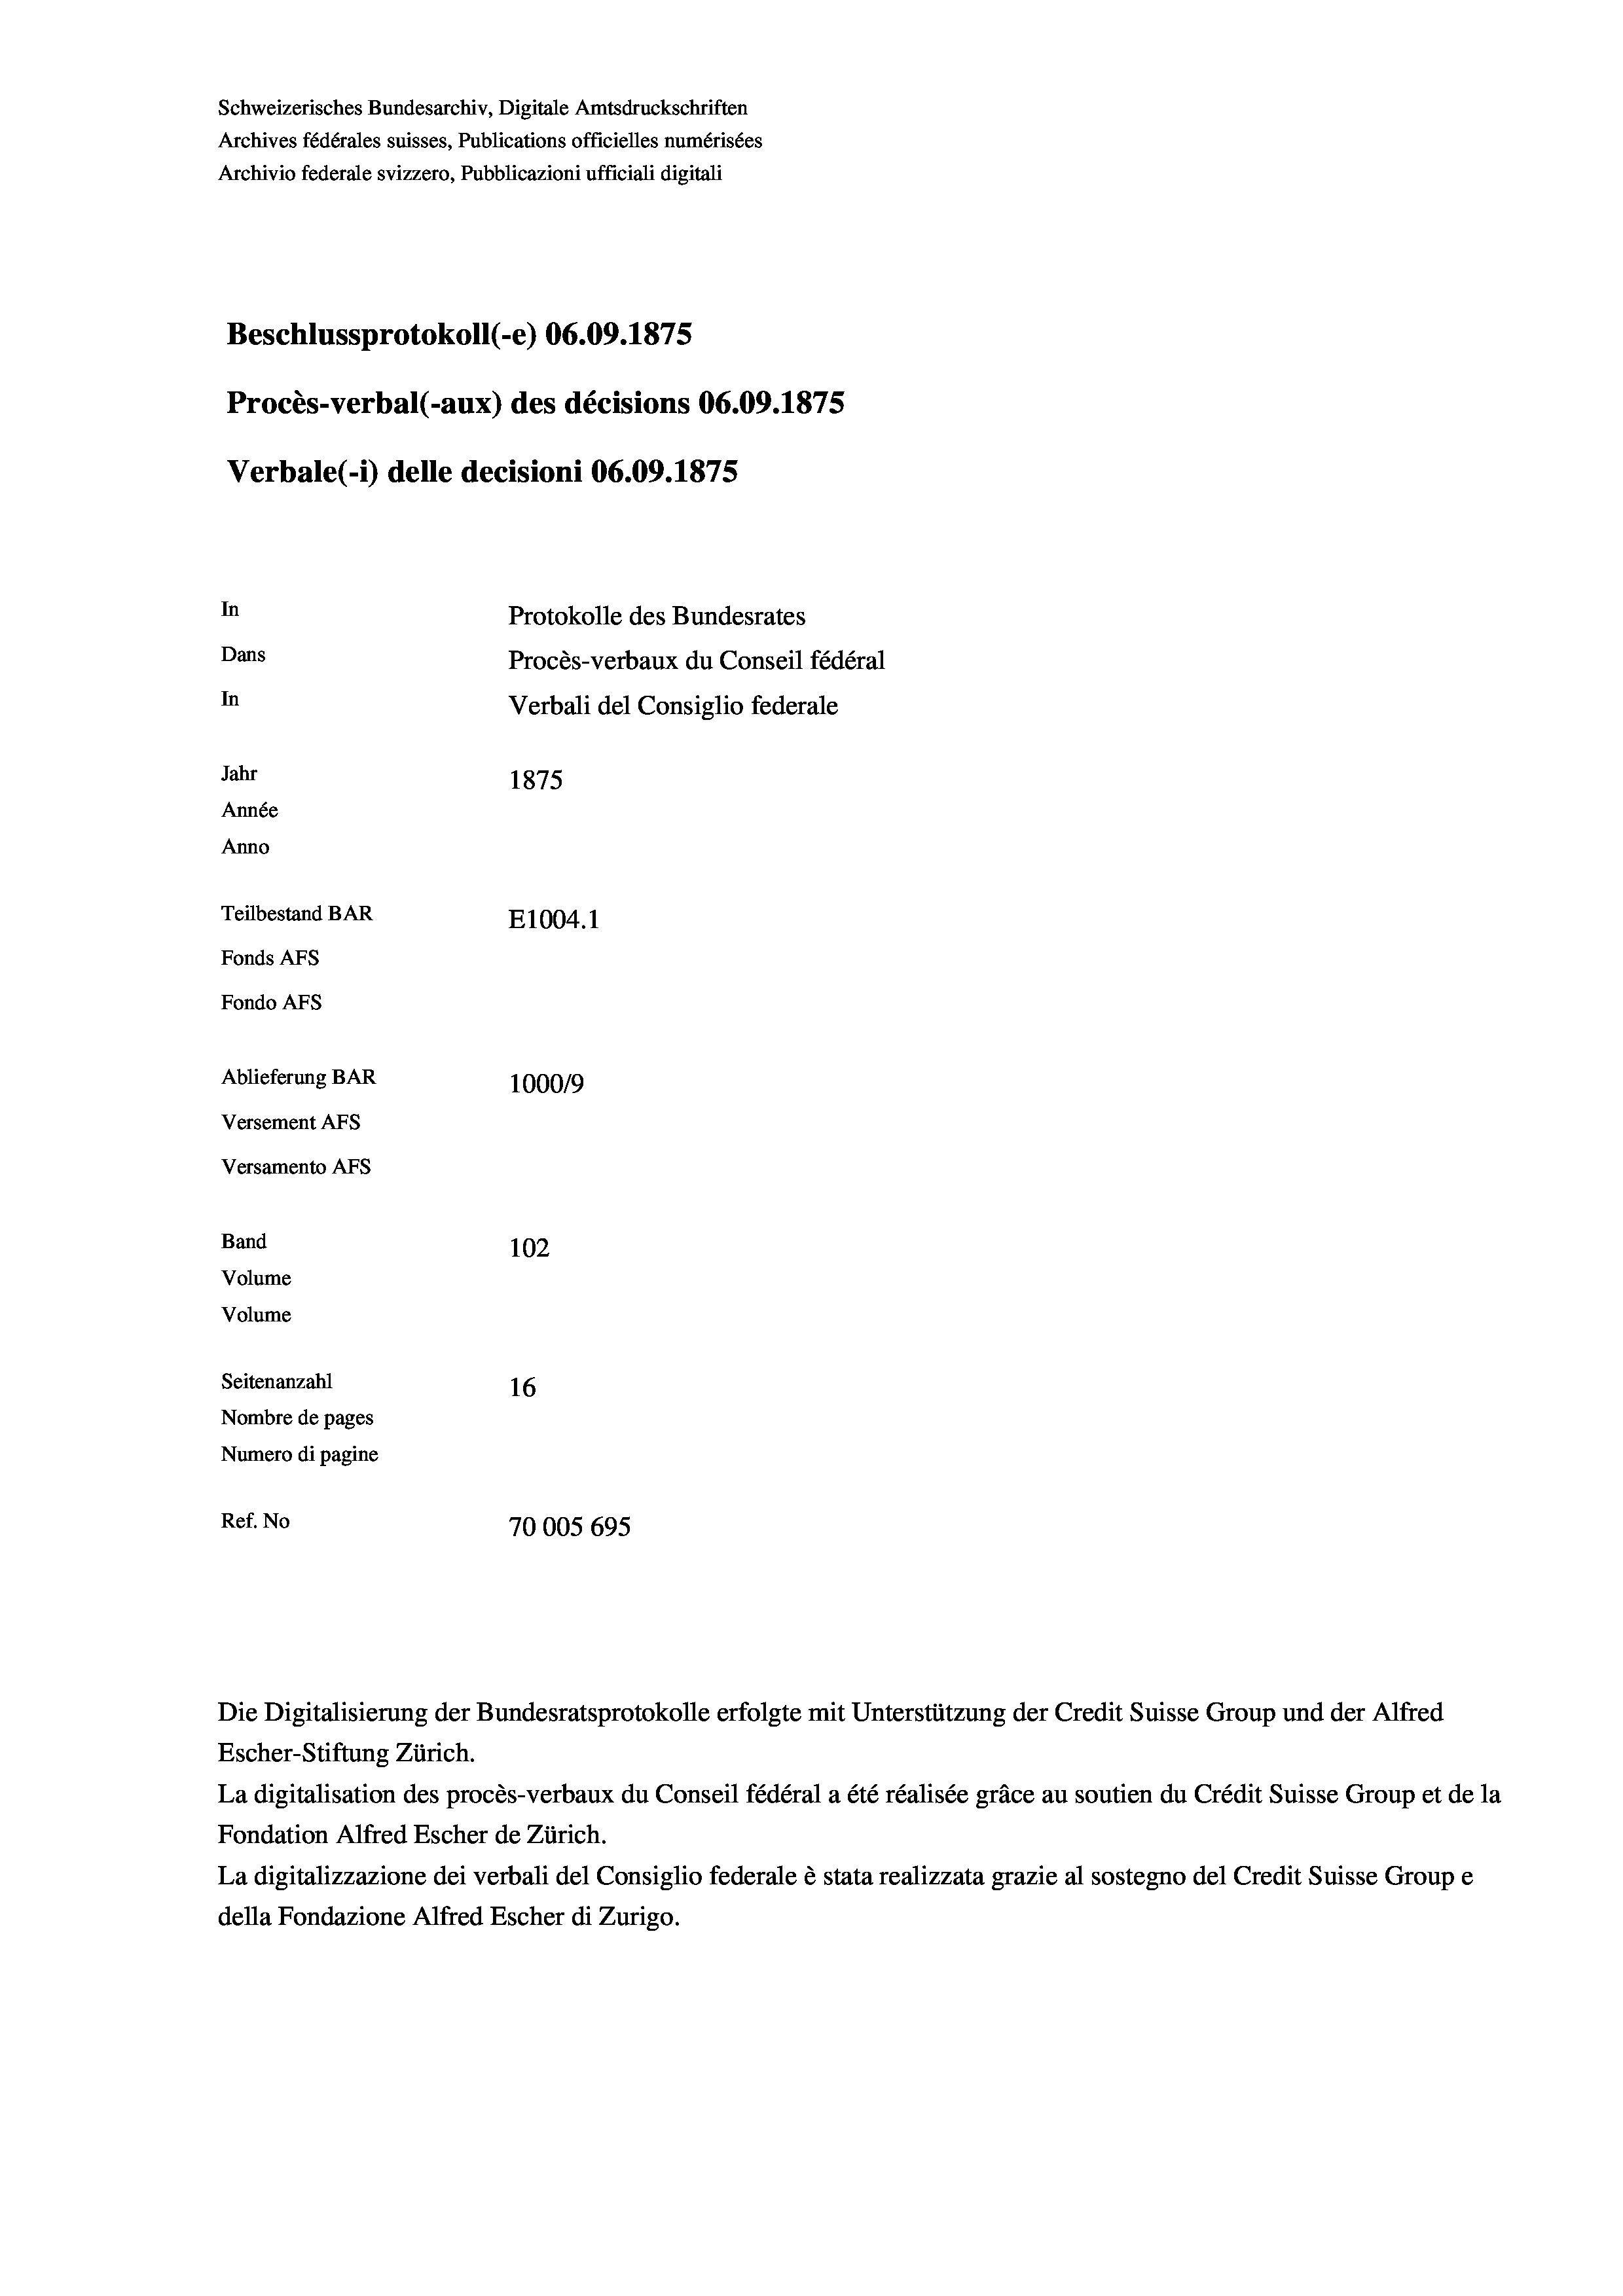
Schweizerisches Bundesarchiv, Digitale Amtsdruckschriften
Archives fédérales suisses, Publications officielles numérisées
Archivio federale svizzero, Pubblicazioni ufficiali digitali
Beschlussprotokoll (-e) 06.09. 1875
Procès-verbal (-aux) des décisions 06.09.1875
Verbale (1) delle decisioni 06.09. 1875
In
Protokolle des Bundesrates
Dans
Procès-verbaux du Conseil fédéral
In
Verbali del Consiglio federale
Jahr
1875
Année
Anno
Teilbestand BAR
E1004.1
Fonds Afs
Fondo AFs
Ablieferung BAR
1000/9
Versement Abs
Versamento AFs

102
Seitenanzahl
16
Nombre de pages
Numero di pagine
Ref. No
70005 695

Band
Volume
Volume

Die Digitalisierung der Bundesratsprotokolle erfolgte mit Unterstützung der Credit Suisse Group und der Alfred

Escher-Stiftung Zürich.
La digitalisation des procès-verbaux du Conseil fédéral a été réalisée gräce au soutien du Crédit Suisse Group et de la
Fondation Alfred Escher de Zürich.
La digitalizzazione dei verbali del Consiglio federale è stata realizzata grazie al sostegno del Credit Suisse Groupe
della Fondazione Alfred Escher di Zurigo.